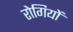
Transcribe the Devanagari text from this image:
राेगियों